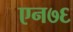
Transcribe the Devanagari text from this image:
एन७६